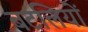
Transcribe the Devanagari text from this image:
बटलियों